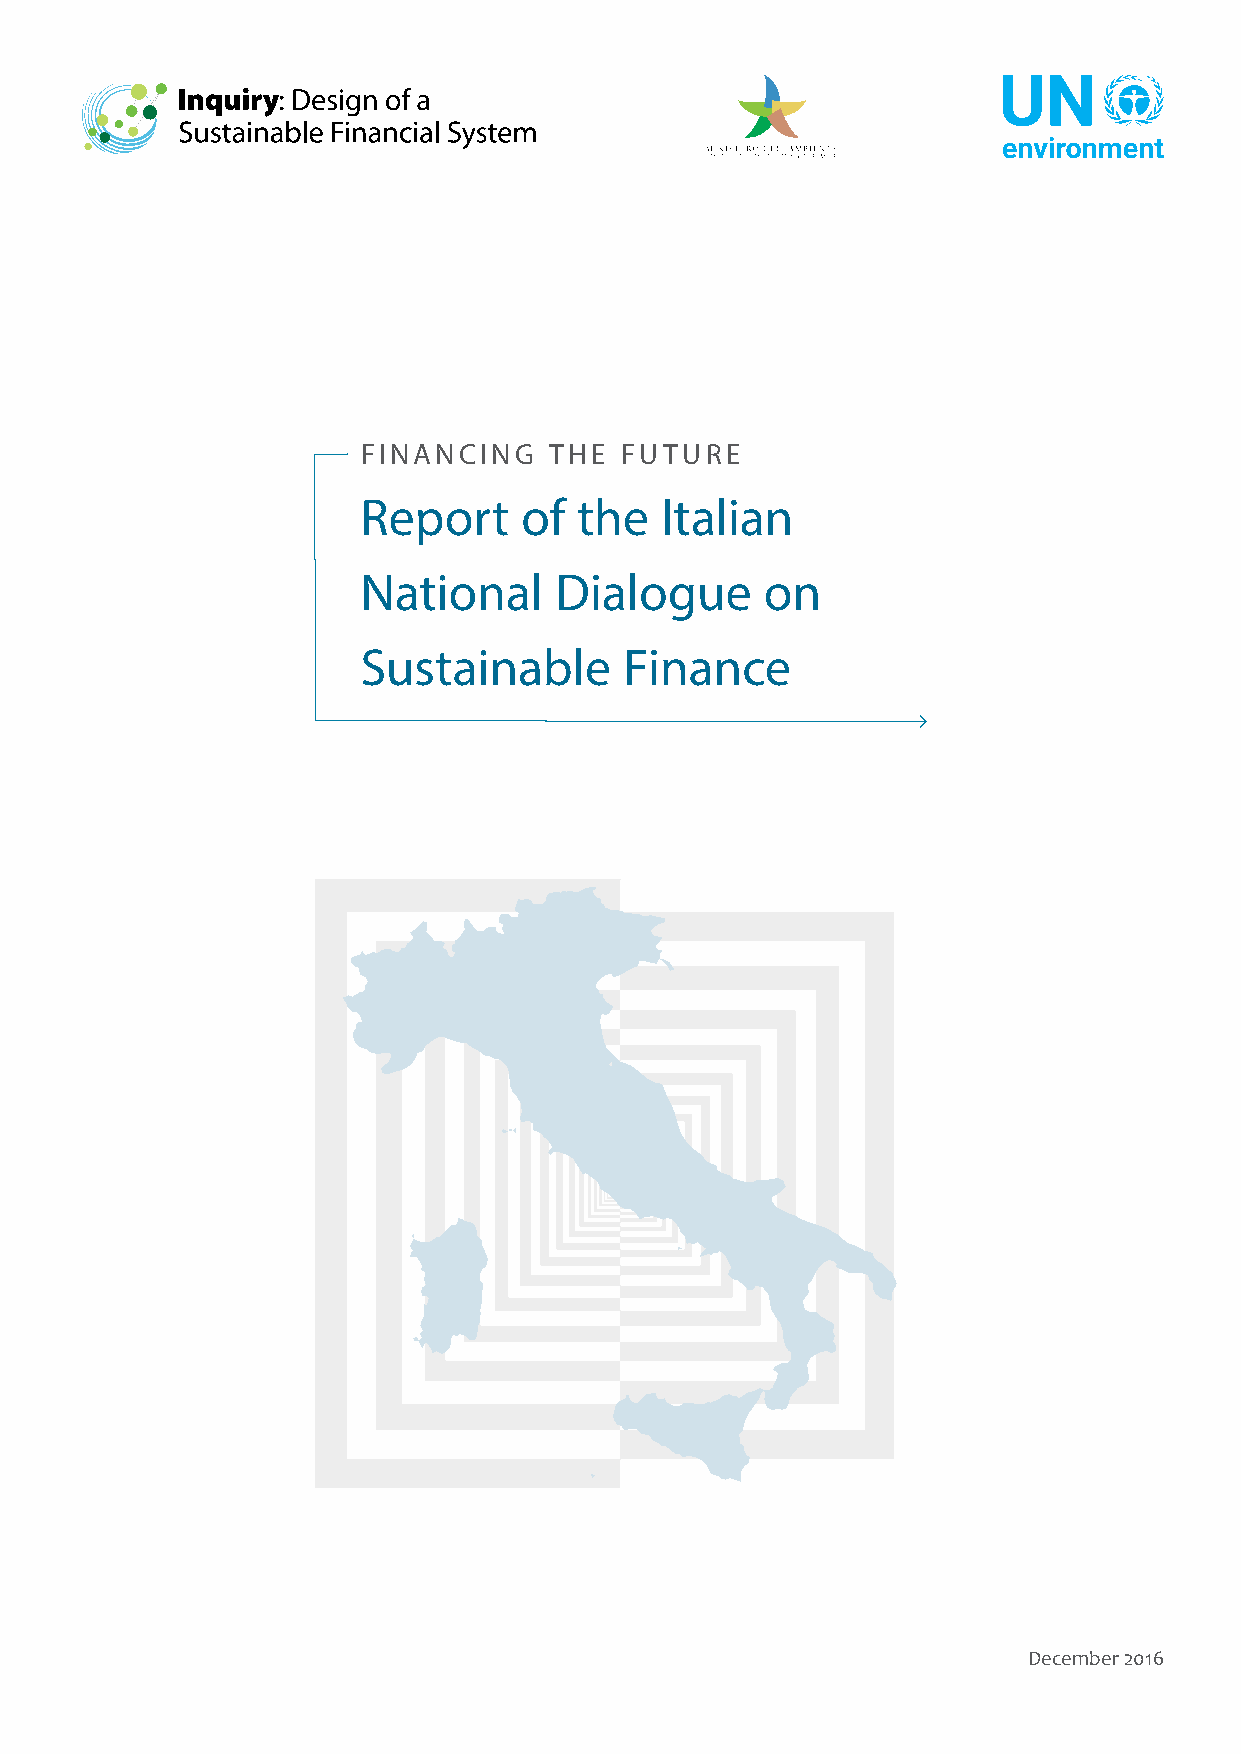
FINANCING   THE  FUTURE
 Report    of  the   Italian
 National     Dialogue      on
 Sustainable      Finance
 December 2016